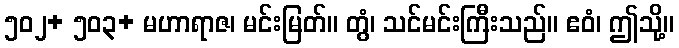
၅၀၂+ ၅၀၃+ မဟာရာဇ၊ မင်းမြတ်။ တွံ၊ သင်မင်းကြီးသည်။ ဧဝံ၊ ဤသို့။